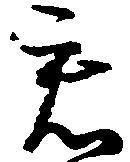
君